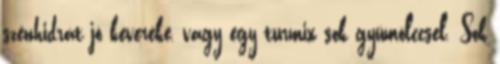
szénhidrát jó keveréke, vagy egy turmix sok gyümölccsel. Sok